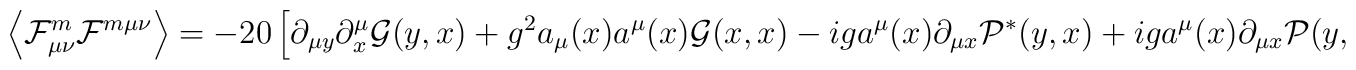
\left\langle  \mathcal F^m_{\mu \nu} \mathcal F^{m \mu \nu}  \right\rangle = -20 \left[ \partial_{\mu y} \partial^\mu_x \mathcal G (y,x)             + g^2 a_\mu (x) a^\mu (x) \mathcal G (x,x) -  i g a^\mu (x) \partial_{\mu x} \mathcal P^* (y,x) + i g a^\mu (x) \partial_{\mu x} \mathcal P (y,x) \right] \Bigr |_{y=x}